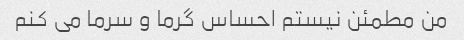
من مطمئن نیستم احساس گرما و سرما می کنم